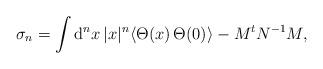
LaTeX: \begin{align*}\sigma_n=\int {\rm d}^{n}x \,|x|^n \langle \Theta(x) \, \Theta(0)\rangle-M^t N^{-1}M, \end{align*}